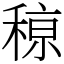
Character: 䅫